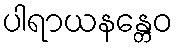
ပါရာယနန္တေဝ